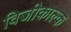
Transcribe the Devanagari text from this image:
विजीकाल्क